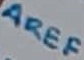
Text: AREF